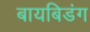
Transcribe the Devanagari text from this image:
बायबिडंग